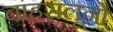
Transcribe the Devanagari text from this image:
चाहसलूनो